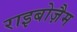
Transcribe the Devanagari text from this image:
राइबोज़ैम